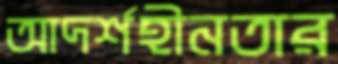
আদর্শহীনতার